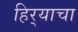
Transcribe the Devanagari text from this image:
हिर्‍याचा